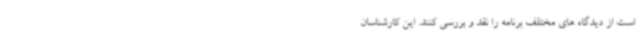
است از دیدگاه های مختلف برنامه را نقد و بررسی کنند. این کارشناسان